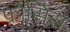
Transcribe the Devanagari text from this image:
फ्रोसिस